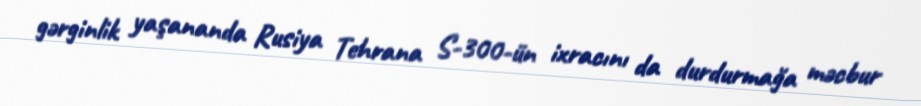
gərginlik yaşananda Rusiya Tehrana S-300-ün ixracını da durdurmağa məcbur